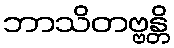
ဘာသိတဗ္ဗန္တိ